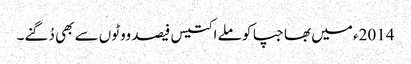
2014ء میں بھاجپا کو ملے اکتیس فیصد ووٹوں سے بھی دُگنے۔